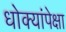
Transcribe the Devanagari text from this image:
धोक्यांपेक्षा